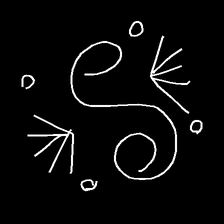
Glyph: aeroform